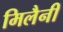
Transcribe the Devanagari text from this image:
मिलैनी